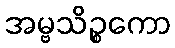
အမ္ဗသိဉ္စကော